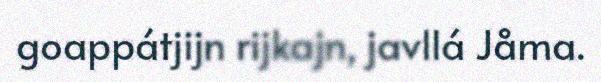
goappátjijn rijkajn, javllá Jåma.